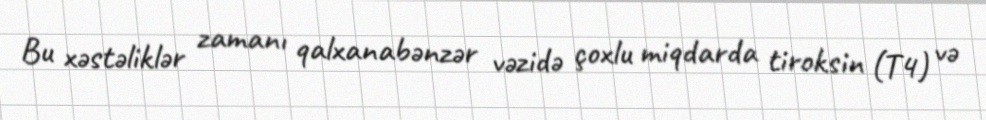
Bu xəstəliklər zamanı qalxanabənzər vəzidə çoxlu miqdarda tiroksin (T4) və